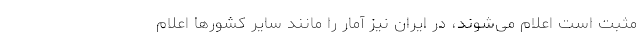
مثبت است اعلام می‌شوند، در ایران نیز آمار را مانند سایر کشورها اعلام